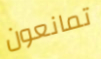
تمانعون